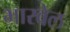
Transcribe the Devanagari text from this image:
भारवेल